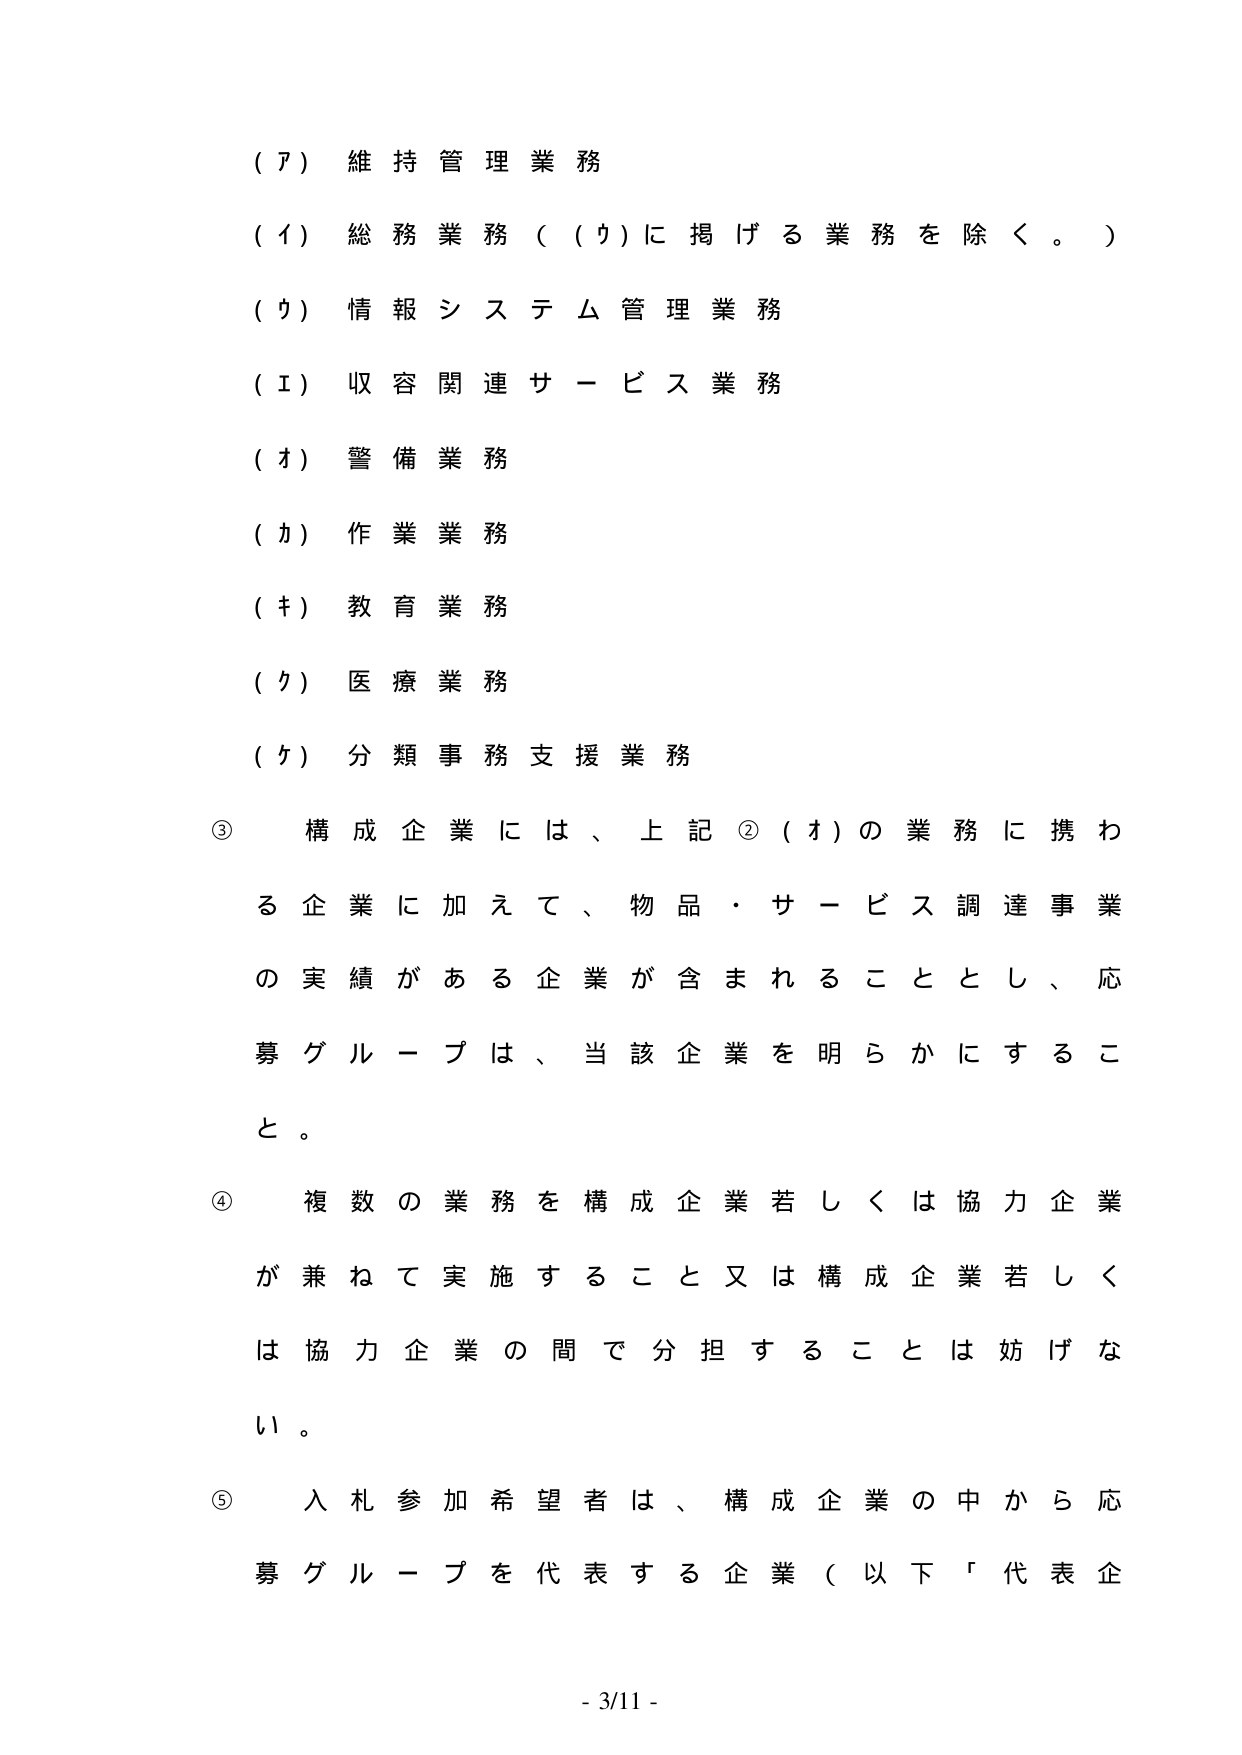
（７）維持管理業務
（イ）総務業務（（ウ）に掲げる業務を除く。）
（ウ）情報システム管理業務
（エ）収容関連サービス業務
（オ）警備業務
（カ）作業業務
（キ）教育業務
（ク）医療業務
（ケ）分類事務支援業務

③ 構成企業には、上記②（オ）の業務に携わる企業に加えて、物品・サービス調達事業の実績がある企業が含まれることとし、応募グループは、当該企業を明らかにすること。

④ 複数の業務を構成企業若しくは協力企業が兼ねて実施すること又は構成企業若しくは協力企業の間で分担することは妨げない。

⑤ 入札参加希望者は、構成企業の中から応募グループを代表する企業（以下「代表企

- 3/11 -